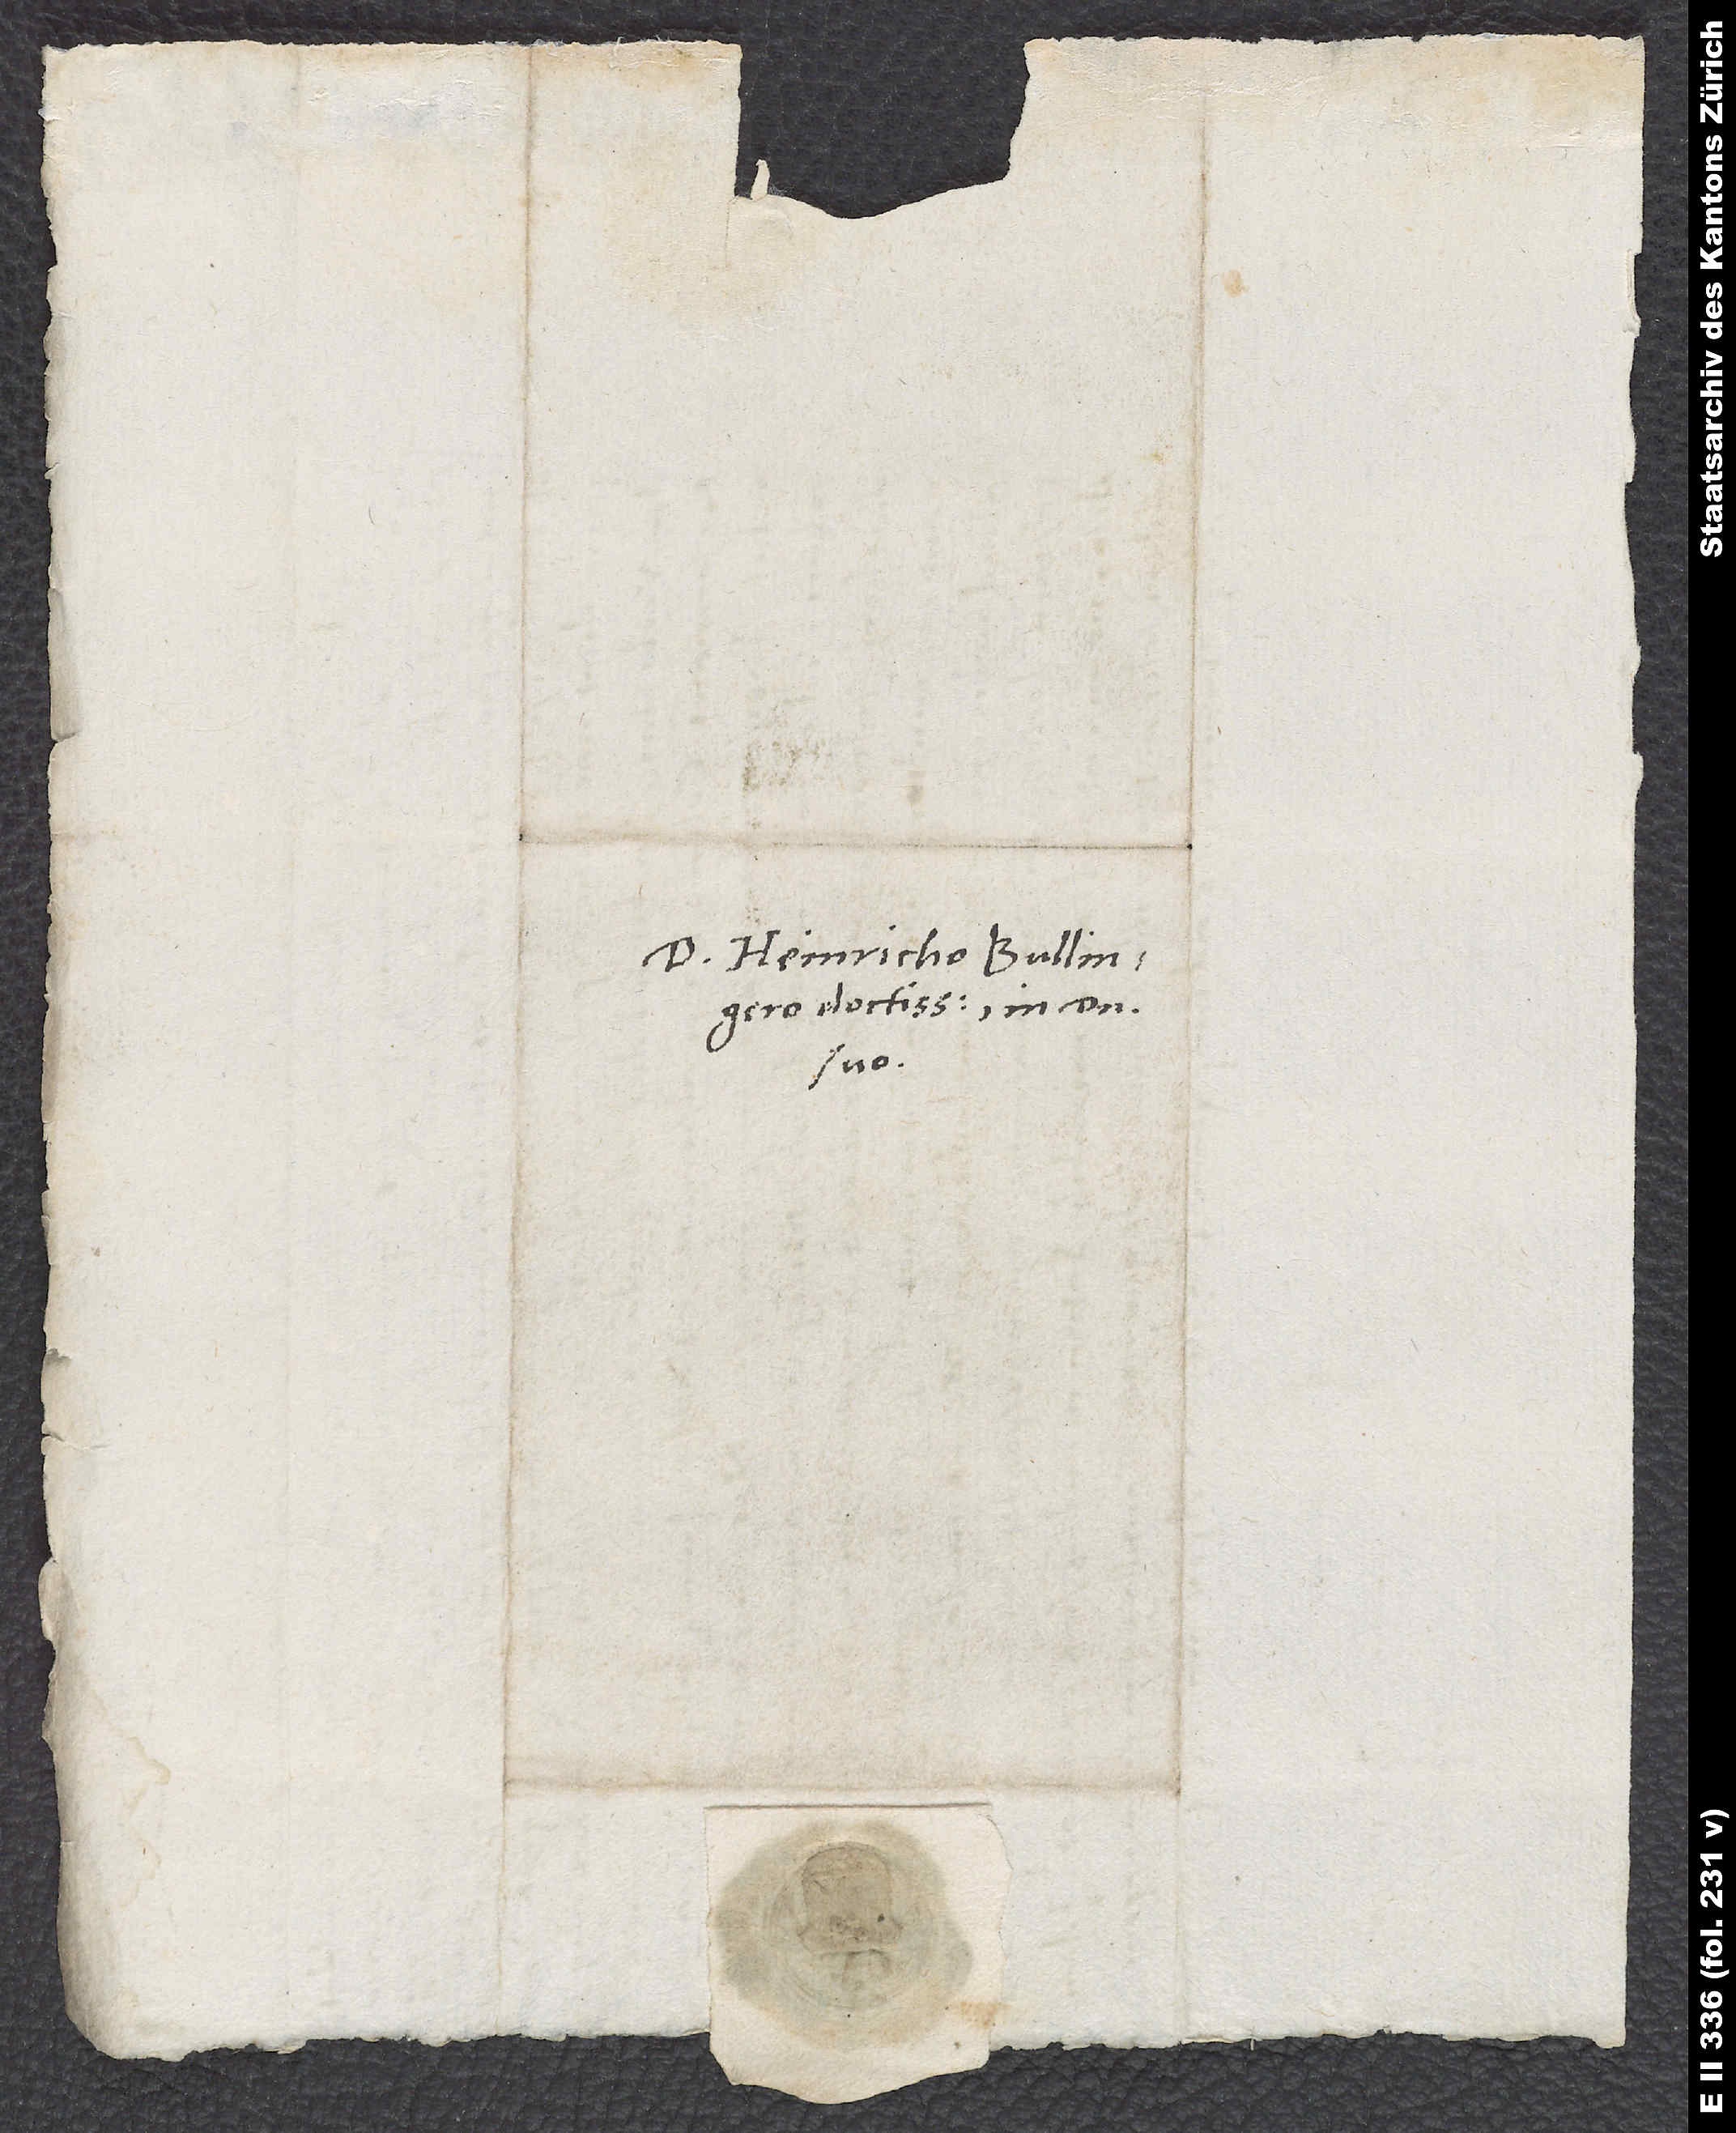
D. Heinricho Bullingero
doctissimo, in domino
suo.